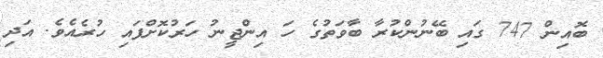
ބޮއިން 747 ގައި ބޭނުންކުރާ ބާވަތުގެ ހަ އިންޖީނު ހަރުކޮށްފައި ހުރެއެވެ. އަދި